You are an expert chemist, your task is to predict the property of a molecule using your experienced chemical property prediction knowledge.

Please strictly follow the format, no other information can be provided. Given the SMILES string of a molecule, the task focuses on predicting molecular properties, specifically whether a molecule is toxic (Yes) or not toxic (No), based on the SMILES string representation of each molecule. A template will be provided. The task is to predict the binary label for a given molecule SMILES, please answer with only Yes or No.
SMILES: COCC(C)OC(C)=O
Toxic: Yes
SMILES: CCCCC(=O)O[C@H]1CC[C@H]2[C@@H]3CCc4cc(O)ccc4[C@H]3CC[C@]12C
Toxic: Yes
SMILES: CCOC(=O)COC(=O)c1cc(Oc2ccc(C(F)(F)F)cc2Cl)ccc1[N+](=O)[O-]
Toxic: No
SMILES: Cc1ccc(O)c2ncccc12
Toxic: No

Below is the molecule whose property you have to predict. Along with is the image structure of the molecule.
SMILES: CCCCCCC(C)OC(=O)COc1nc(F)c(Cl)c(N)c1Cl
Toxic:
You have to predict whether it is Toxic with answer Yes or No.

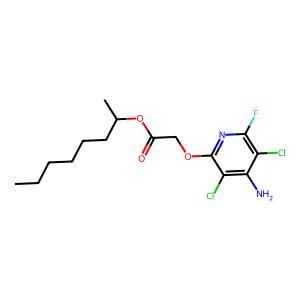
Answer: No